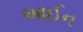
આઈન